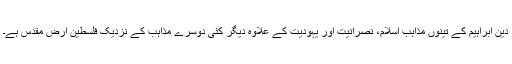
دین ابراہیم کے تینوں مذاہب اسلام، نصرانیت اور یہودیت کے علاوہ دیگر کئی دوسرے مذاہب کے نزدیک فلسطین ارض مقدس ہے۔